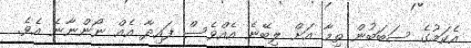
އެކަމުގެ ސަބަބުން ތިމާ އަށް ލިބޭނެ އެއްވެސް ފައިދާ އެއް ނޯންނާނެ އެވެ.